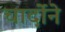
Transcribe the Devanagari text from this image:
चार्दोने